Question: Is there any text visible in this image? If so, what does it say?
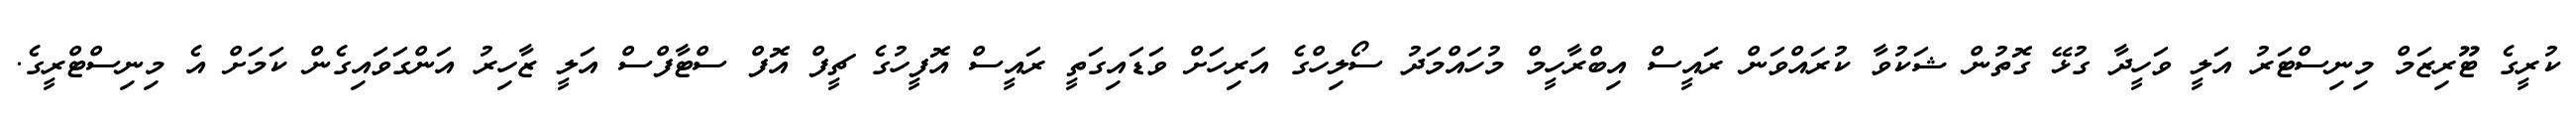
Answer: ކުރީގެ ޓޫރިޒަމް މިނިސްޓަރު އަލީ ވަހީދާ ގުޅޭ ގޮތުން ޝަކުވާ ކުރައްވަން ރައީސް އިބްރާހީމް މުހައްމަދު ސޯލިހްގެ އަރިހަށް ވަޑައިގަތީ ރައީސް އޮފީހުގެ ޗީފް އޮފް ސްޓާފްސް އަލީ ޒާހިރު އަންގަވައިގެން ކަމަށް އެ މިނިސްޓްރީގެ.